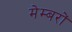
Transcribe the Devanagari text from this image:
मेम्बरों